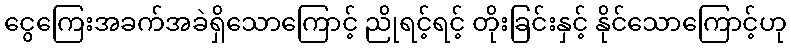
ငွေကြေးအခက်အခဲရှိသောကြောင့် ညိုရင့်ရင့် တိုးခြင်းနှင့် နိုင်သောကြောင့်ဟု